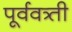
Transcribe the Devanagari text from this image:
पूर्ववत्र्ती